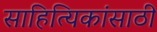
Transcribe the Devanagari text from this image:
साहित्यिकांसाठी